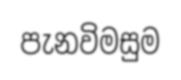
පැනවිමසුම